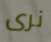
نرى